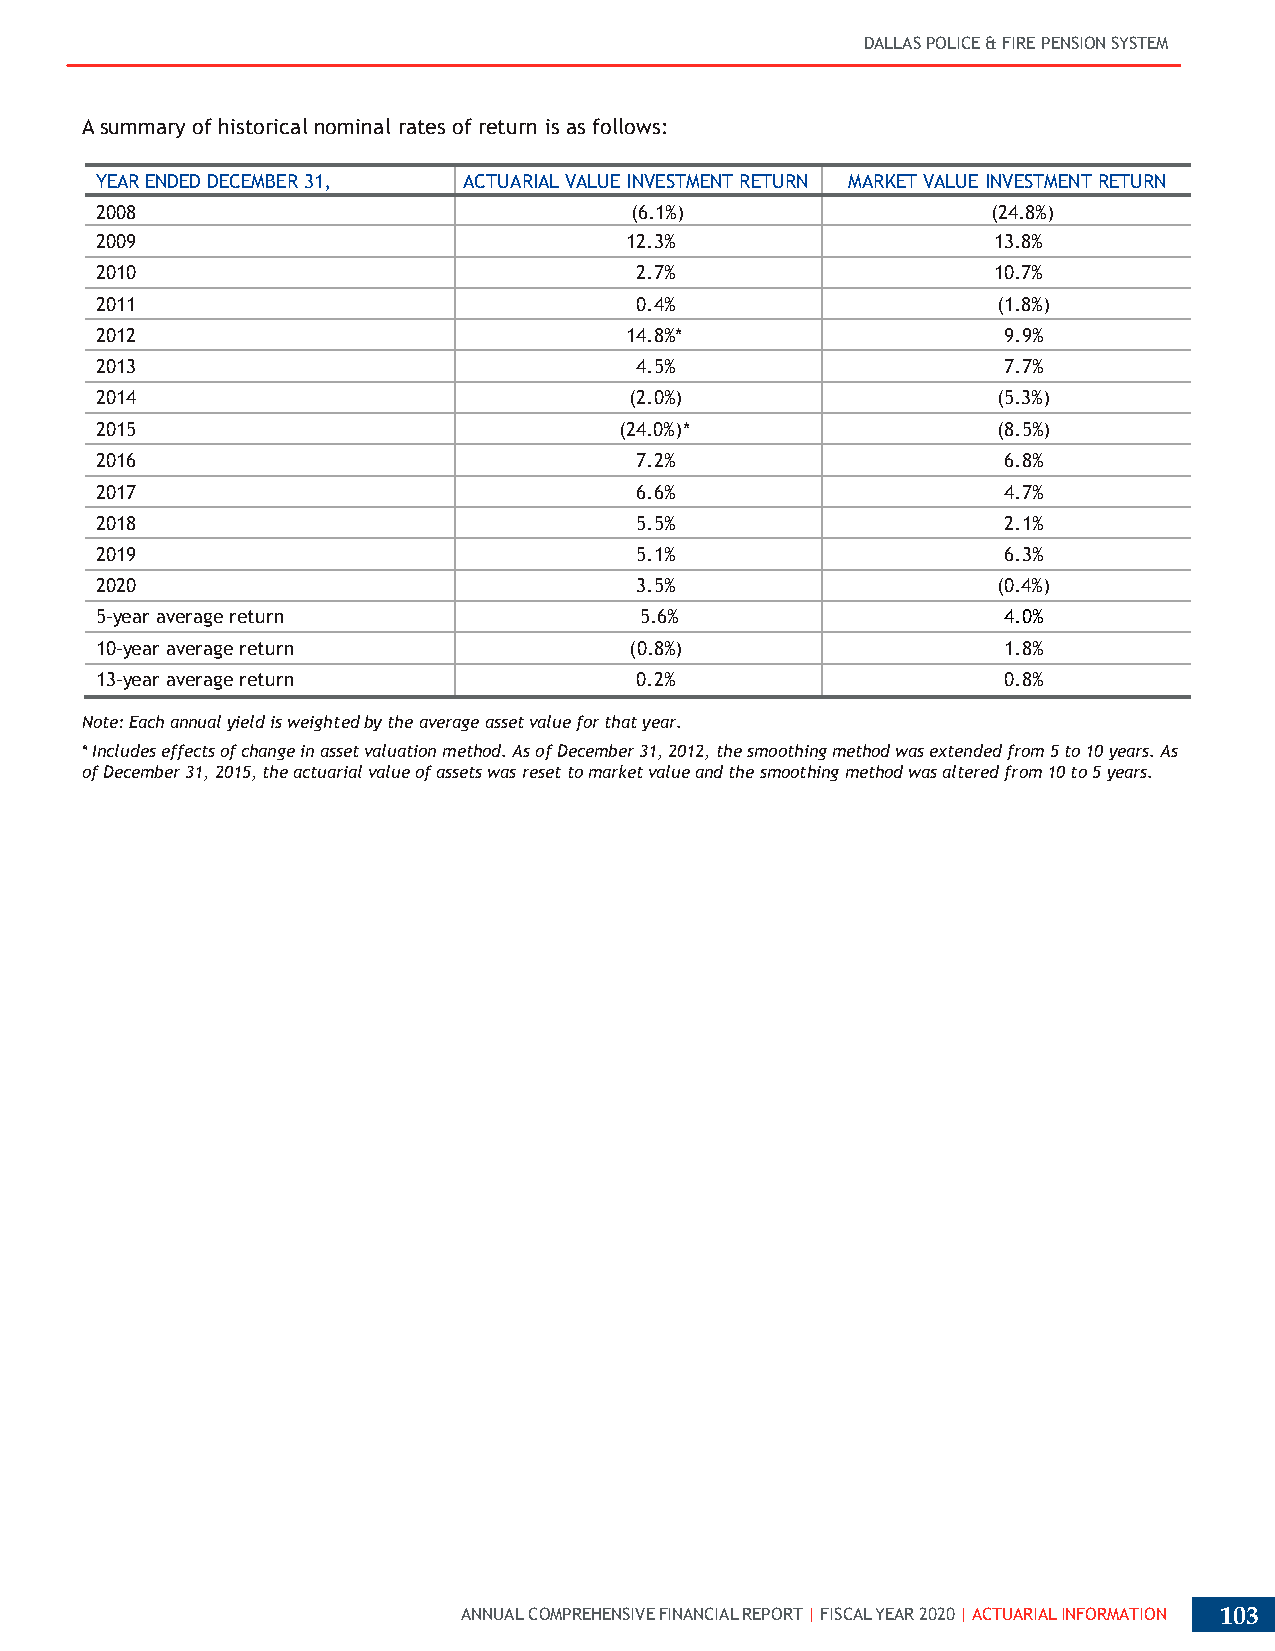
DALLAS POLICE & FIRE PENSION SYSTEM
 A summary of historical nominal rates of return is as follows:
 YEAR ENDED DECEMBER 31,  ACTUARIAL VALUE INVESTMENT RETURN MARKET VALUE INVESTMENT RETURN
 2008                                (6.1%)                  (24.8%)
 2009                               12.3%                    13.8%
 2010                                2.7%                    10.7%
 2011                                0.4%                    (1.8%)
 2012                               14.8%*                    9.9%
 2013                                4.5%                     7.7%
 2014                                (2.0%)                  (5.3%)
 2015                               (24.0%)*                 (8.5%)
 2016                                7.2%                     6.8%
 2017                                6.6%                     4.7%
 2018                                5.5%                     2.1%
 2019                                5.1%                     6.3%
 2020                                3.5%                    (0.4%)
 5-year average return               5.6%                     4.0%
 10-year average return              (0.8%)                   1.8%
 13-year average return              0.2%                     0.8%
 Note: Each annual yield is weighted by the average asset value for that year.
 * Includes effects of change in asset valuation method. As of December 31, 2012, the smoothing method was extended from 5 to 10 years. As
 of December 31, 2015, the actuarial value of assets was reset to market value and the smoothing method was altered from 10 to 5 years.
 ANNUAL COMPREHENSIVE FINANCIAL REPORT | FISCAL YEAR 2020 | ACTUARIAL INFORMATION 103